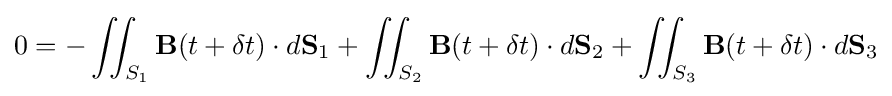
0=-\iint _{S_{1}}\mathbf {B} (t+\delta t)\cdot d\mathbf {S} _{1}+\iint _{S_{2}}\mathbf {B} (t+\delta t)\cdot d\mathbf {S} _{2}+\iint _{S_{3}}\mathbf {B} (t+\delta t)\cdot d\mathbf {S} _{3}